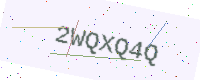
Text: 2WQXQ4Q